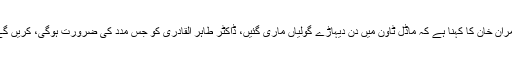
عمران خان کا کہنا ہے کہ ماڈل ٹاؤن میں دن دیہاڑے گولیاں ماری گئیں، ڈاکٹر طاہر القادری کو جس مدد کی ضرورت ہوگی، کریں گے۔